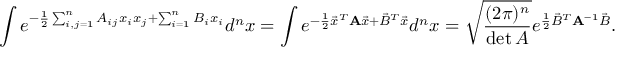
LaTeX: \int e ^ { - { \frac { 1 } { 2 } } \sum _ { i , j = 1 } ^ { n } A _ { i j } x _ { i } x _ { j } + \sum _ { i = 1 } ^ { n } B _ { i } x _ { i } } d ^ { n } x = \int e ^ { - { \frac { 1 } { 2 } } { \vec { x } } ^ { T } \mathbf { A } { \vec { x } } + { \vec { B } } ^ { T } { \vec { x } } } d ^ { n } x = { \sqrt { \frac { ( 2 \pi ) ^ { n } } { \operatorname* { d e t } { A } } } } e ^ { { \frac { 1 } { 2 } } { \vec { B } } ^ { T } \mathbf { A } ^ { - 1 } { \vec { B } } } .